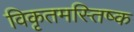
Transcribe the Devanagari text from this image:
विकृतमस्तिष्क